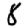
Digit: 8